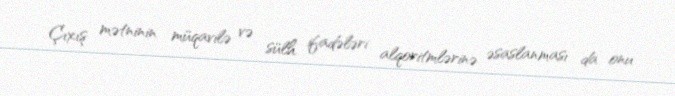
Çıxış mətninin müqavilə və sülh ifadələri alqoritmlərinə əsaslanması da onu